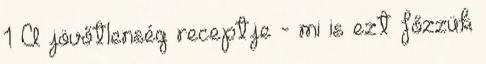
1 A jövőtlenség receptje - mi is ezt főzzük